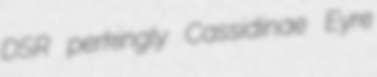
DSR perkingly Cassidinae Eyre